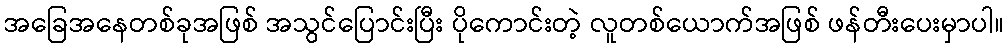
အခြေအနေတစ်ခုအဖြစ် အသွင်ပြောင်းပြီး ပိုကောင်းတဲ့ လူတစ်ယောက်အဖြစ် ဖန်တီးပေးမှာပါ။